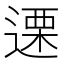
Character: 𮞶